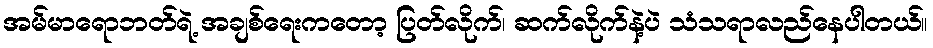
အမ်မာရောဘတ်ရဲ့ အချစ်ရေးကတော့ ပြတ်လိုက်၊ ဆက်လိုက်နဲ့ပဲ သံသရာလည်နေပါတယ်။